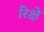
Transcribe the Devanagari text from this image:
रिक्षे